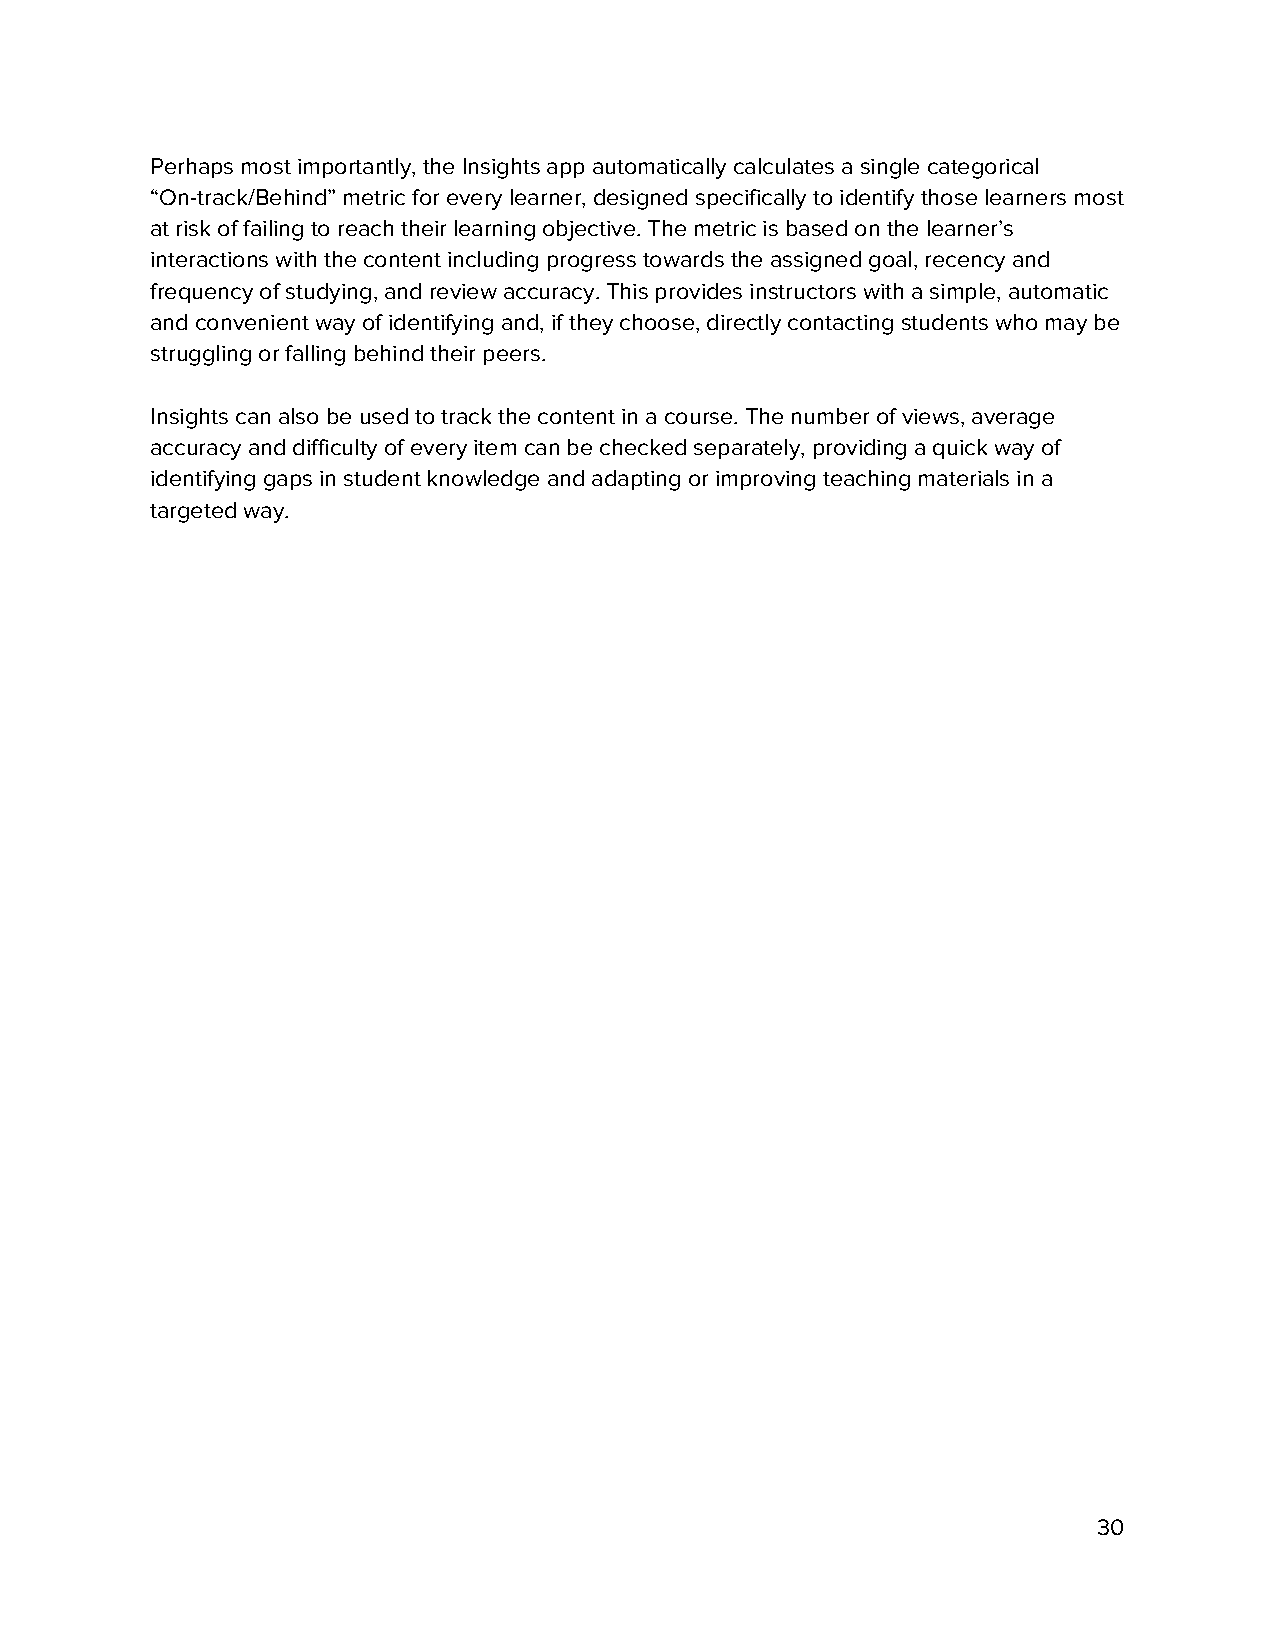
Perhaps most importantly, the Insights app automatically calculates a single categorical
 “On-track/Behind” metric for every learner, designed specifically to identify those learners most
 at risk of failing to reach their learning objective. The metric is based on the learner’s
 interactions with the content including progress towards the assigned goal, recency and
 frequency of studying, and review accuracy. This provides instructors with a simple, automatic
 and convenient way of identifying and, if they choose, directly contacting students who may be
 struggling or falling behind their peers.
 Insights can also be used to track the content in a course. The number of views, average
 accuracy and difficulty of every item can be checked separately, providing a quick way of
 identifying gaps in student knowledge and adapting or improving teaching materials in a
 targeted way.
 30